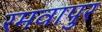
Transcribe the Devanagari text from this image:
रमवापुर